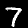
Label: 7